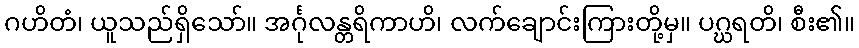
ဂဟိတံ၊ ယူသည်ရှိသော်။ အင်္ဂုလန္တရိကာဟိ၊ လက်ချောင်းကြားတို့မှ။ ပဂ္ဃရတိ၊ စီး၏။